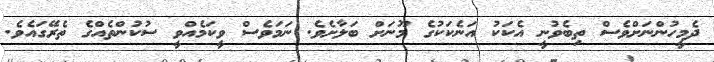
ދެމީހުންނަށްވެސް ތިބެވުނީ އެކަކު އަނެކަކުގެ މޫނަށް ބަލާށެވެ. ނަމަވެސް ވީކަމެއްވީ ސުކުންތެއްގެ ތެރޭގައެވެ.